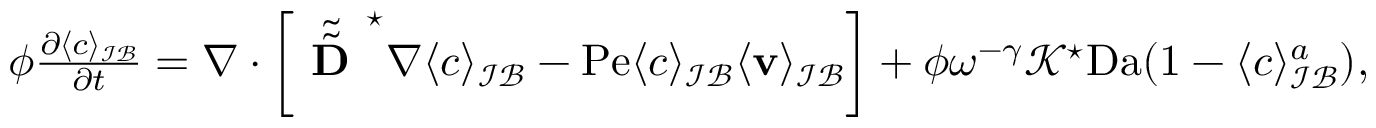
\begin{array} { r l } & { \phi \frac { \partial \langle c \rangle _ { \mathcal { I B } } } { \partial t } = \nabla \cdot \left[ \tilde { \tilde { \textbf { D } } } ^ { \star } \nabla \langle c \rangle _ { \mathcal { I B } } - \mathrm { P e } \langle c \rangle _ { \mathcal { I B } } \langle \mathbf v \rangle _ { \mathcal { I B } } \right] + \phi \omega ^ { - \gamma } \mathcal { K } ^ { \star } \mathrm { D a } ( 1 - \langle c \rangle _ { \mathcal { I B } } ^ { a } ) , } \end{array}